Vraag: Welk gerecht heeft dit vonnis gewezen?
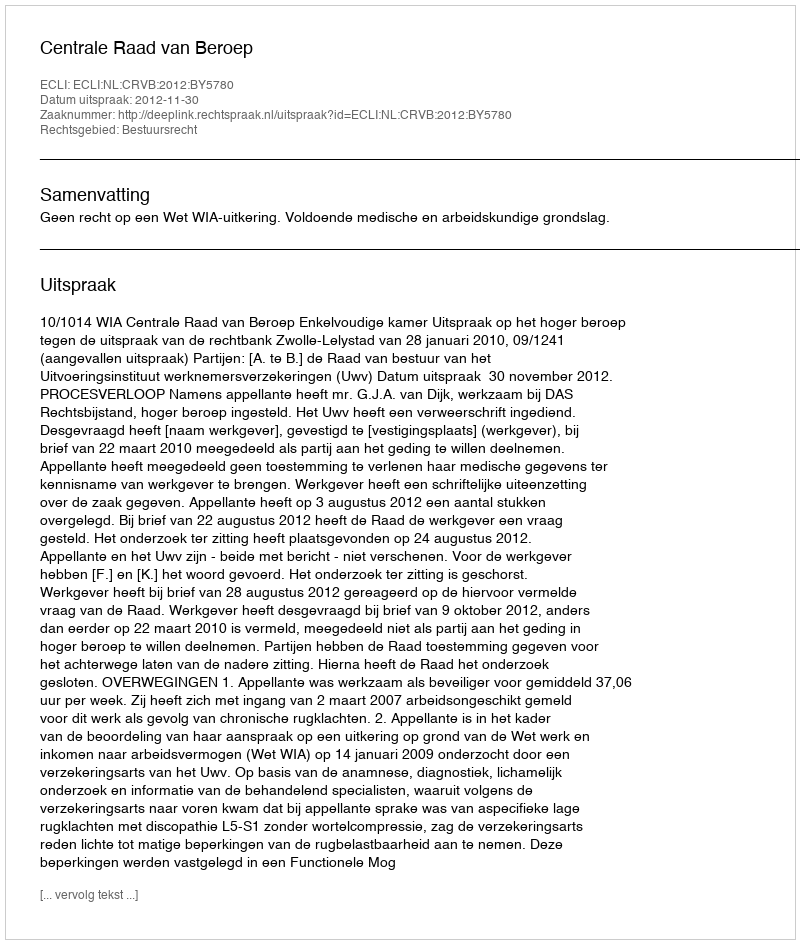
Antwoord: Centrale Raad van Beroep